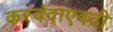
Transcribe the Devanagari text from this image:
करवंदाएवढी